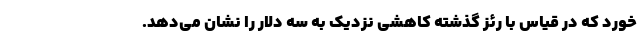
خورد که در قیاس با رئز گذشته کاهشی نزدیک به سه دلار را نشان می‌دهد.